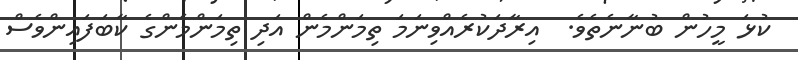
ކުޅަ މީހުން ބުނާނެތެވެ.  އިރާދަކުރެއްވިނަމަަ ތިމަންމެން އަދި ތިމަންމެންގެ ކާބަފައިންވެސް